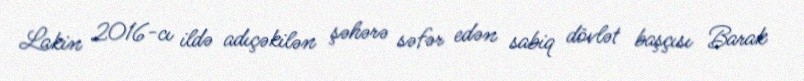
Lakin 2016-cı ildə adıçəkilən şəhərə səfər edən sabiq dövlət başçısı Barak